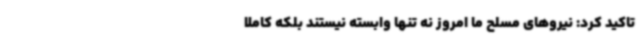
تاکید کرد: نیروهای مسلح ما امروز نه تنها وابسته نیستند بلکه کاملا